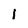
Character: l